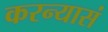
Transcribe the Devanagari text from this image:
करन्यासं